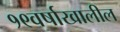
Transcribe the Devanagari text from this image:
१९वर्षाखालील